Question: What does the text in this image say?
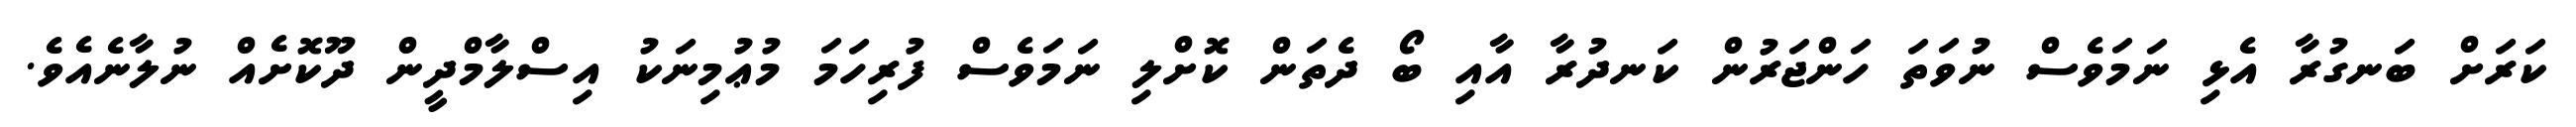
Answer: ކަރަށް ބަނގުރާ އެޅި ނަމަވެސް ނުވަތަ ހަންޖަރުން ކަނދުރާ އާއި ބޯ ދެތަން ކޮށްލި ނަމަވެސް ފުރިހަމަ މުޢުމިނަކު އިސްލާމްދީން ދޫކޮށެއް ނުލާނެއެވެ.